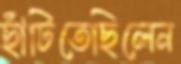
ছাঁটিতেছিলেন